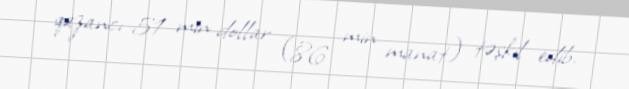
qazancı 51 min dollar (86 min manat) təşkil edib.